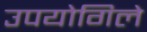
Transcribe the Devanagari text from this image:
उपयोगिले